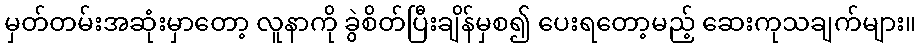
မှတ်တမ်းအဆုံးမှာတော့ လူနာကို ခွဲစိတ်ပြီးချိန်မှစ၍ ပေးရတော့မည့် ဆေးကုသချက်များ။